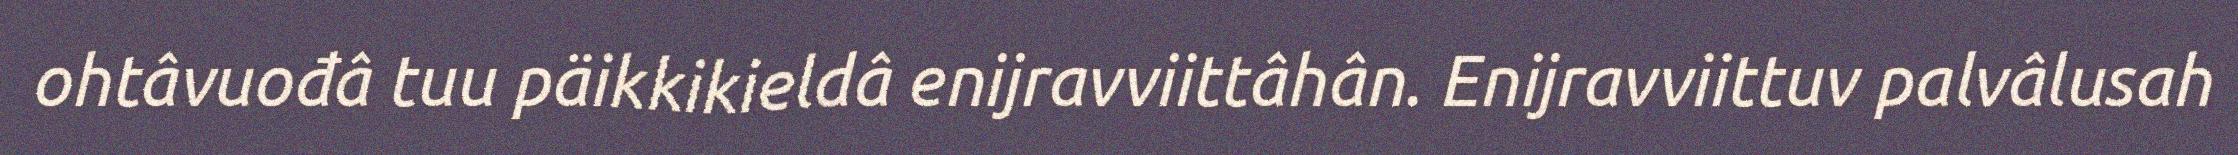
ohtâvuođâ tuu päikkikieldâ enijravviittâhân. Enijravviittuv palvâlusah